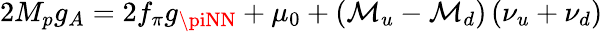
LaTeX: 2M_{p}g_{A}=2f_{\pi}g_{\piNN}+\mu_{0}+\left(\mathcal{M}_{u}-\mathcal{M}_{d}\right)\left(\nu_{u}+\nu_{d}\right)